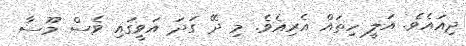
ދިއައެވެ. އަލީ ހިތައް އެރިއެވެ. މި ދޭ ގަދަ އަވީގައި ވެސް މޫސާ